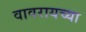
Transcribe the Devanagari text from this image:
वावरायच्या